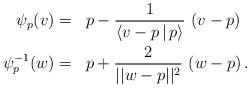
LaTeX: \begin{align*} \begin{aligned} \psi_p(v) &=& p &-\frac{1}{\langle v- p \, | \, p\rangle } \,\, (v-p) \\\psi_p^{-1}(w)&=&p&+\frac{2}{||w-p||^2} \,\,(w-p)\,.\end{aligned}\end{align*}